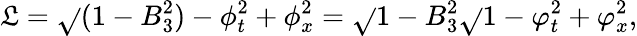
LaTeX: {\cal\mathfrak{L}}=\sqrt{}{{(1-B_{3}^{2})-\phi_{t}^{2}+\phi_{x}^{2}}}=\sqrt{}{{1-B_{3}^{2}}}\sqrt{}{{1-\varphi_{t}^{2}+\varphi_{x}^{2}}},